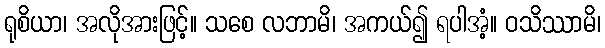
ရုစိယာ၊ အလိုအားဖြင့်။ သစေ လဘာမိ၊ အကယ်၍ ရပါအံ့။ ဝသိဿာမိ၊